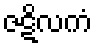
ဇဋိလကံ